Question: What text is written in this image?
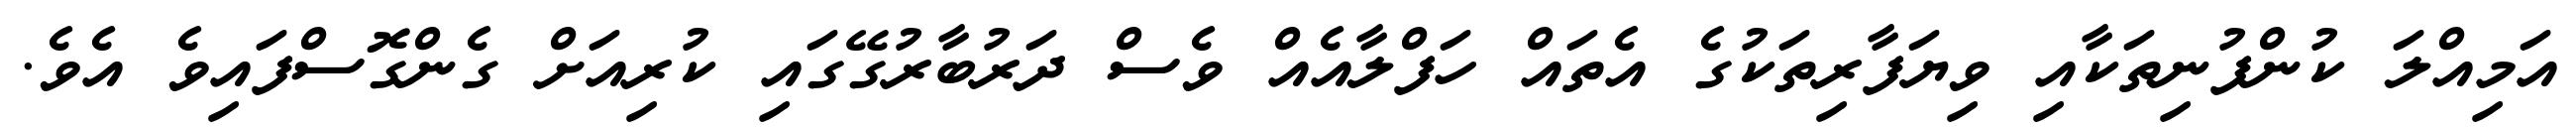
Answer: އަމިއްލަ ކުންފުނިތަކާއި ވިޔަފާރިތަކުގެ އެތައް ހަފްލާއެއް ވެސް ދަރުބާރުގޭގައި ކުރިއަށް ގެންގޮސްފައިވެ އެވެ.